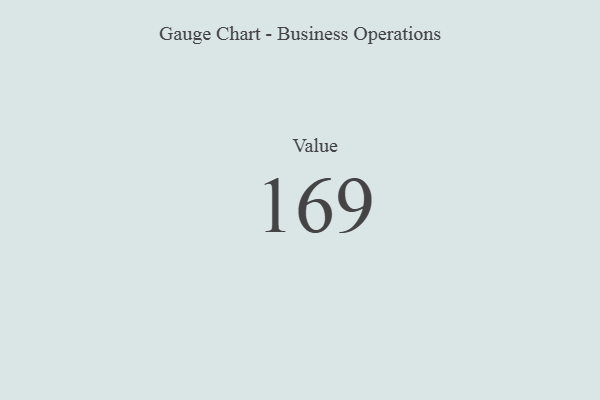
{"axis": {"x": "Metric", "y": "Value"}, "legend": [""], "data": [{"x": "Value", "y": 169, "type": ""}]}